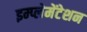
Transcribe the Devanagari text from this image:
इम्प्लेमेंटेशन